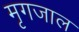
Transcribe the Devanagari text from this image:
मृगजाल